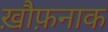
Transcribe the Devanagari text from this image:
ख़ौफ़नाक